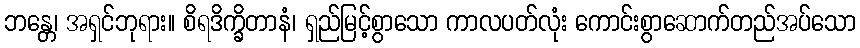
ဘန္တေ၊ အရှင်ဘုရား။ စိရဒိက္ခိတာနံ၊ ရှည်မြင့်စွာသော ကာလပတ်လုံး ကောင်းစွာဆောက်တည်အပ်သော